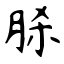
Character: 脎